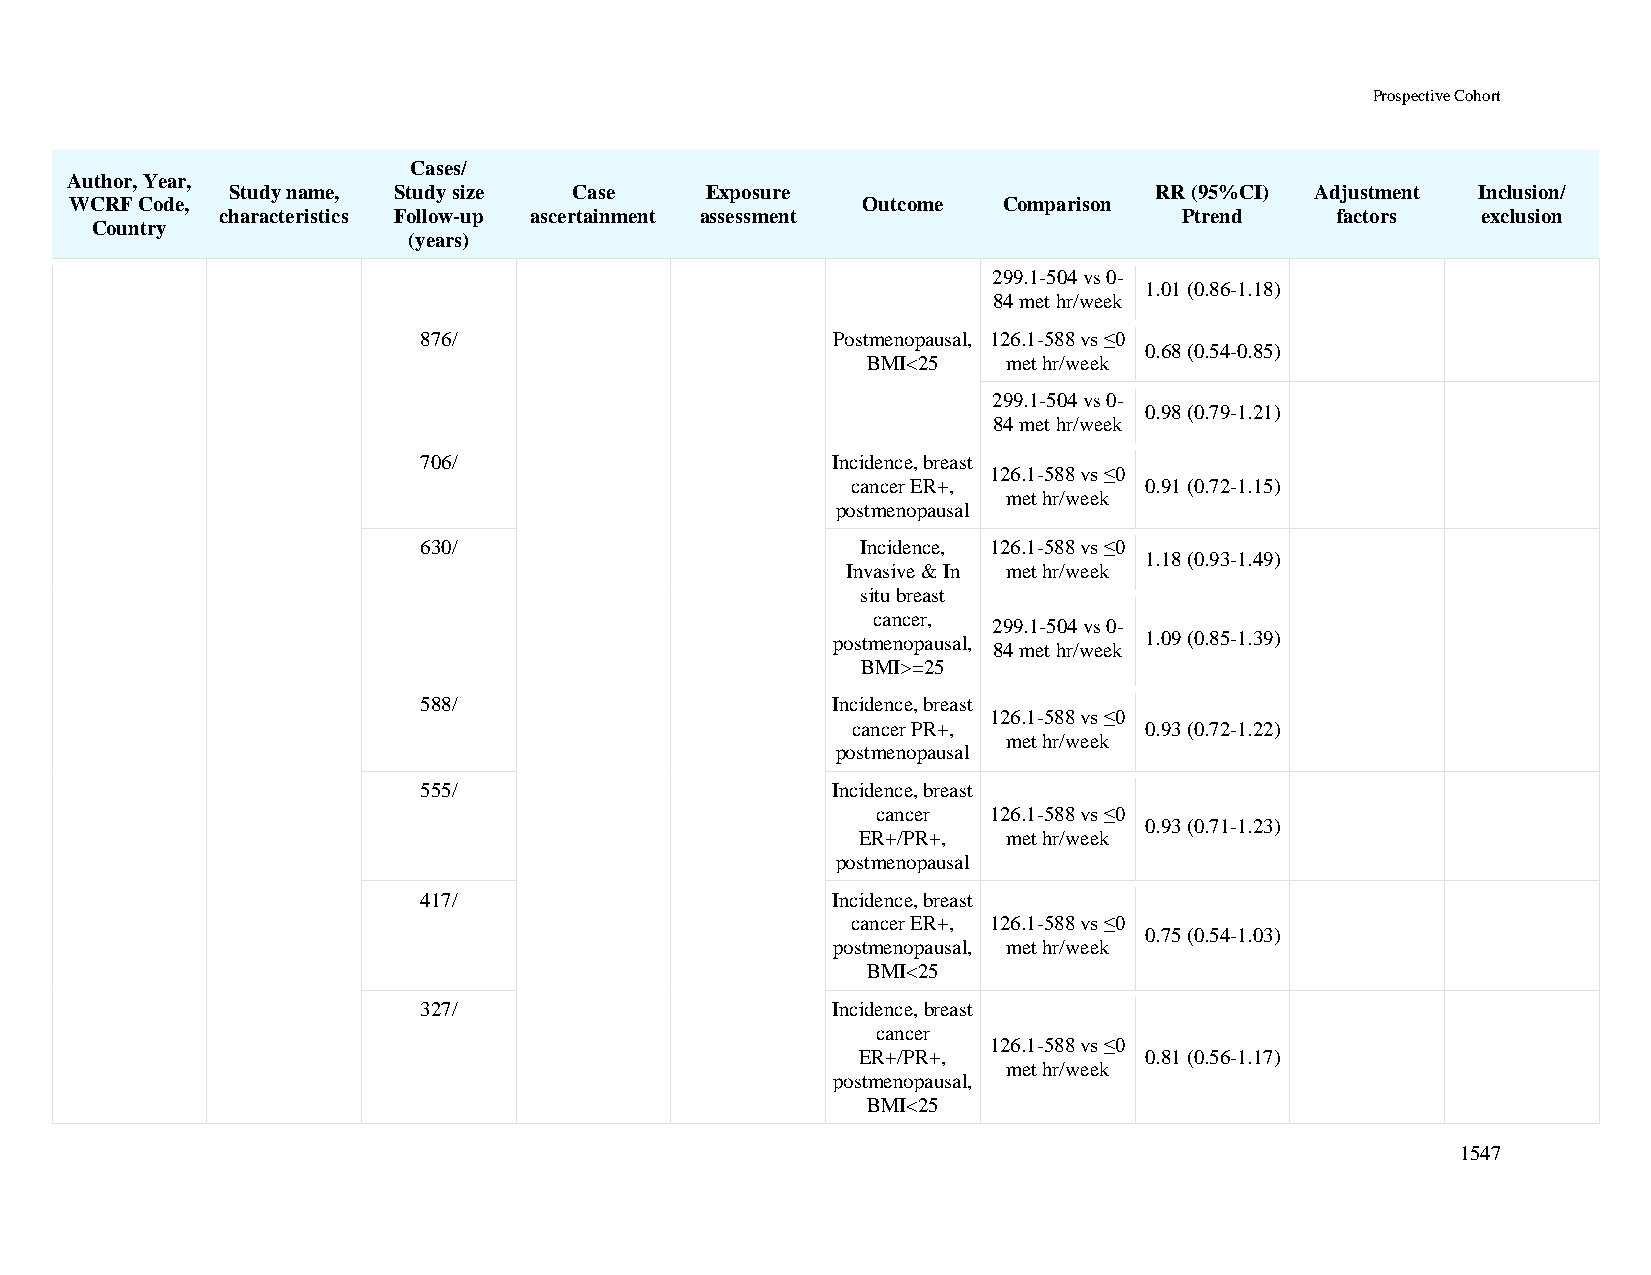
Prospective Cohort
 Cases/
 Author, Year,
 Study name, Study size Case     Exposure                     RR (95%CI) Adjustment Inclusion/
 WCRF Code,                                          Outcome  Comparison
 characteristics Follow-up ascertainment assessment             Ptrend    factors   exclusion
 Country
 (years)
 299.1-504 vs 0-
 1.01 (0.86-1.18)
 84 met hr/week
 876/                       Postmenopausal, 126.1-588 vs ≤0
 0.68 (0.54-0.85)
 BMI<25    met hr/week
 299.1-504 vs 0-
 0.98 (0.79-1.21)
 84 met hr/week
 706/                       Incidence, breast
 126.1-588 vs ≤0
 cancer ER+,         0.91 (0.72-1.15)
 met hr/week
 postmenopausal
 630/                         Incidence, 126.1-588 vs ≤0
 1.18 (0.93-1.49)
 Invasive & In met hr/week
 situ breast
 cancer,
 299.1-504 vs 0-
 postmenopausal,      1.09 (0.85-1.39)
 84 met hr/week
 BMI>=25
 588/                       Incidence, breast
 126.1-588 vs ≤0
 cancer PR+,         0.93 (0.72-1.22)
 met hr/week
 postmenopausal
 555/                       Incidence, breast
 cancer 126.1-588 vs ≤0
 0.93 (0.71-1.23)
 ER+/PR+,  met hr/week
 postmenopausal
 417/                       Incidence, breast
 cancer ER+, 126.1-588 vs ≤0
 0.75 (0.54-1.03)
 postmenopausal, met hr/week
 BMI<25
 327/                       Incidence, breast
 cancer
 126.1-588 vs ≤0
 ER+/PR+,           0.81 (0.56-1.17)
 met hr/week
 postmenopausal,
 BMI<25
 1547